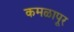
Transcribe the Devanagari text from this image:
कमळापूर